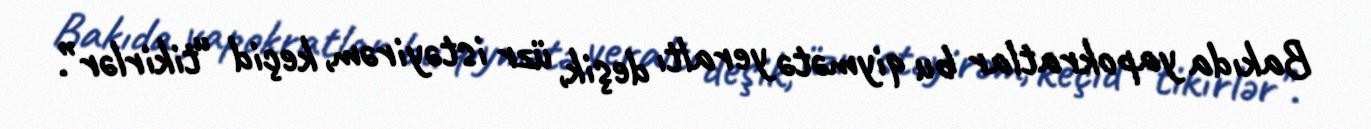
Bakıda yapokratlar bu qiymətə yeraltı deşik, üzr istəyirəm, keçid “tikirlər”.